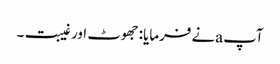
آپ aنے فرمایا: جھوٹ اور غیبت۔